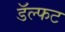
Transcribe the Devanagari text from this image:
डॅल्फट